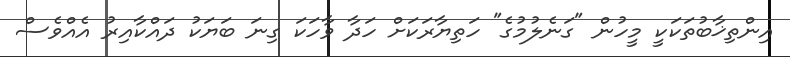
އިންތިޚާބުތަކަކީ މީހުން "ގަނެލުމުގެ" ހަތިޔާރަކަށް ހަދާ ވާހަކަ ގިނަ ބަޔަކު ދައްކާއިރު އެއްވެސް